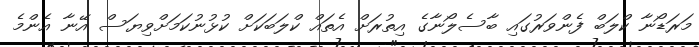
މަރަޑޯނާ ކްލަބް ފެންވަރުގައި ބާސެލޯނާގެ އިތުރަށް އެތައް ކްލަބަކަށް ކުޅުނުކަމަށްވިޔަސް އޭނާ އެންމެ